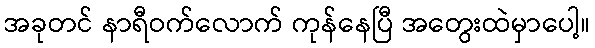
အခုတင် နာရီဝက်လောက် ကုန်နေပြီ အတွေးထဲမှာပေါ့။